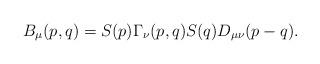
LaTeX: \begin{align*}B_\mu(p,q) = S(p)\Gamma_\nu(p,q)S(q)D_{\mu \nu}(p-q).\end{align*}